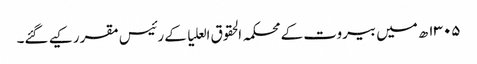
۱۳۰۵ھ میں بیروت کے محکمہ الحقوق العلیا کے رئیس مقرر کیے گئے۔